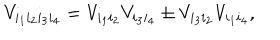
V _ { i _ { 1 } i _ { 2 } i _ { 3 } i _ { 4 } } = V _ { i _ { 1 } i _ { 2 } } V _ { i _ { 3 } i _ { 4 } } \pm V _ { i _ { 3 } i _ { 2 } } V _ { i _ { 1 } i _ { 4 } } ,